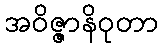
အဝိဇ္ဇာနိဝုတာ